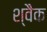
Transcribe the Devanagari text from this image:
श्वैक